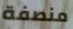
منصفة